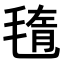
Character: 𣮲